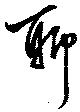
聊